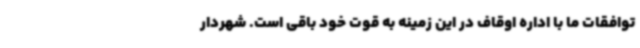
توافقات ما با اداره اوقاف در این زمینه به قوت خود باقی است. شهردار